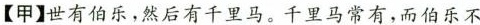
【甲】世有伯乐，然后有千里马。千里马常有，而伯乐不